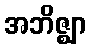
အဘိဇ္ဈာ